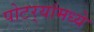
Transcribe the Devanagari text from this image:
पोटर्‍यांमध्ये